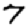
Digit: 7